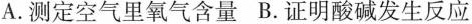
A.测定空气里氧气含量 B.证明酸碱发生反应